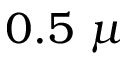
0 . 5 \ \mu